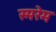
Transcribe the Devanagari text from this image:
स्मरेम